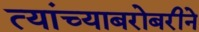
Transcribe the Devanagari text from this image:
त्यांच्याबरोबरीने